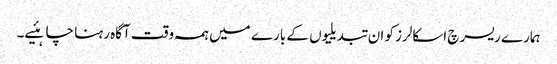
ہمارے ریسرچ اسکالرز کو ان تبدیلیوں کے بارے میں ہمہ وقت آگاہ رہنا چاہئیے۔